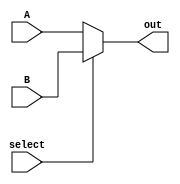
module Mux2to1_32bit (
  input wire [31:0] A,   // Entrada 0 do MUX
  input wire [31:0] B,   // Entrada 1 do MUX
  input wire select,         // Sinal de seleo
  output wire [31:0] out   // Sada do MUX
);

  assign out = select ? B : A;

endmodule